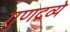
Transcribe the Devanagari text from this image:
गुणद्रव्ये